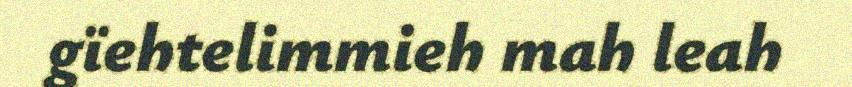
gïehtelimmieh mah leah